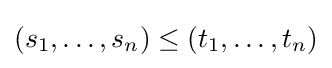
(s_{1},\dots ,s_{n})\leq (t_{1},\dots ,t_{n})